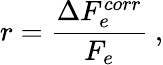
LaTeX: r=\frac{\Delta F_{e}^{corr}}{F_{e}}~,